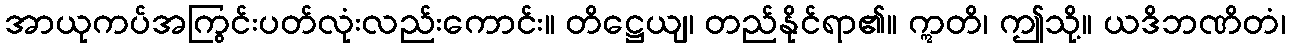
အာယုကပ်အကြွင်းပတ်လုံးလည်းကောင်း။ တိဋ္ဌေယျ၊ တည်နိုင်ရာ၏။ ဣတိ၊ ဤသို့။ ယဒိဘဏိတံ၊